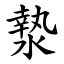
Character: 漐